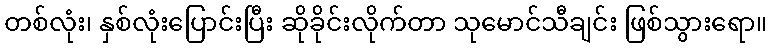
တစ်လုံး၊ နှစ်လုံးပြောင်းပြီး ဆိုခိုင်းလိုက်တာ သုမောင်သီချင်း ဖြစ်သွားရော။